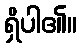
ရှိပါ၏။